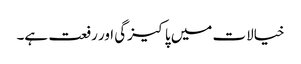
خیالات میں پاکیزگی اور رفعت ہے۔